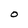
Character: O